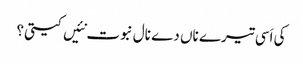
کی اَسی تیرے ناں دے نال نبوت نئیں کیتی؟